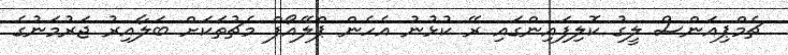
ޗެމްޕިއަންސް ލީގު ކޮލިފައިންގައި ރޭ ކުޅުނު އެހެން ޕްލޭއޯފް މެޗުތަކަށް ބަލާއިރު ޖަރުމަނުގެ